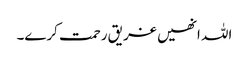
اللہ انھیں غریق رحمت کرے۔